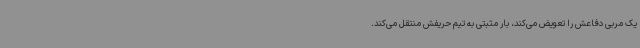
یک مربی دفاعش را تعویض می‌کند، بار مثبتی به تیم حریفش منتقل می‌کند.